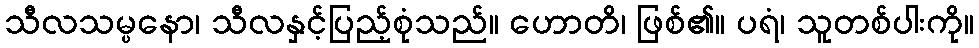
သီလသမ္ပနော၊ သီလနှင့်ပြည့်စုံသည်။ ဟောတိ၊ ဖြစ်၏။ ပရံ၊ သူတစ်ပါးကို။